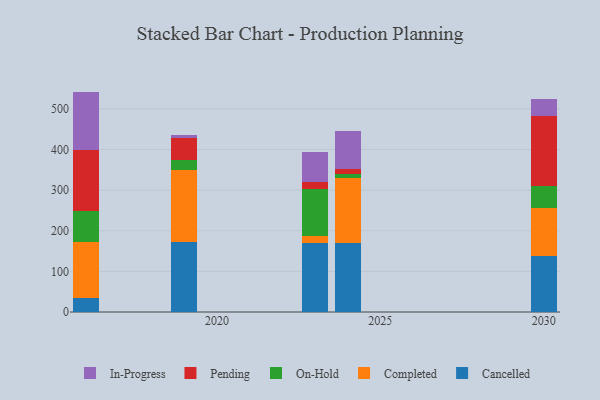
{"axis": {"x": "Year", "y": "Budget (USD K)"}, "legend": ["Cancelled", "Completed", "In-Progress", "On-Hold", "Pending"], "data": [{"x": "2030", "y": 139.0, "type": "Cancelled"}, {"x": "2030", "y": 117.0, "type": "Completed"}, {"x": "2030", "y": 54.2, "type": "On-Hold"}, {"x": "2030", "y": 173.3, "type": "Pending"}, {"x": "2030", "y": 40.4, "type": "In-Progress"}, {"x": "2024", "y": 171.0, "type": "Cancelled"}, {"x": "2024", "y": 159.3, "type": "Completed"}, {"x": "2024", "y": 10.5, "type": "On-Hold"}, {"x": "2024", "y": 11.5, "type": "Pending"}, {"x": "2024", "y": 94.1, "type": "In-Progress"}, {"x": "2019", "y": 173.3, "type": "Cancelled"}, {"x": "2019", "y": 177.3, "type": "Completed"}, {"x": "2019", "y": 23.3, "type": "On-Hold"}, {"x": "2019", "y": 54.1, "type": "Pending"}, {"x": "2019", "y": 8.5, "type": "In-Progress"}, {"x": "2016", "y": 34.9, "type": "Cancelled"}, {"x": "2016", "y": 137.5, "type": "Completed"}, {"x": "2016", "y": 75.5, "type": "On-Hold"}, {"x": "2016", "y": 149.9, "type": "Pending"}, {"x": "2016", "y": 144.7, "type": "In-Progress"}, {"x": "2023", "y": 169.4, "type": "Cancelled"}, {"x": "2023", "y": 17.4, "type": "Completed"}, {"x": "2023", "y": 115.0, "type": "On-Hold"}, {"x": "2023", "y": 17.8, "type": "Pending"}, {"x": "2023", "y": 75.1, "type": "In-Progress"}]}